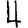
Digit: 4